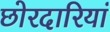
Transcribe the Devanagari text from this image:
छोरदारियां